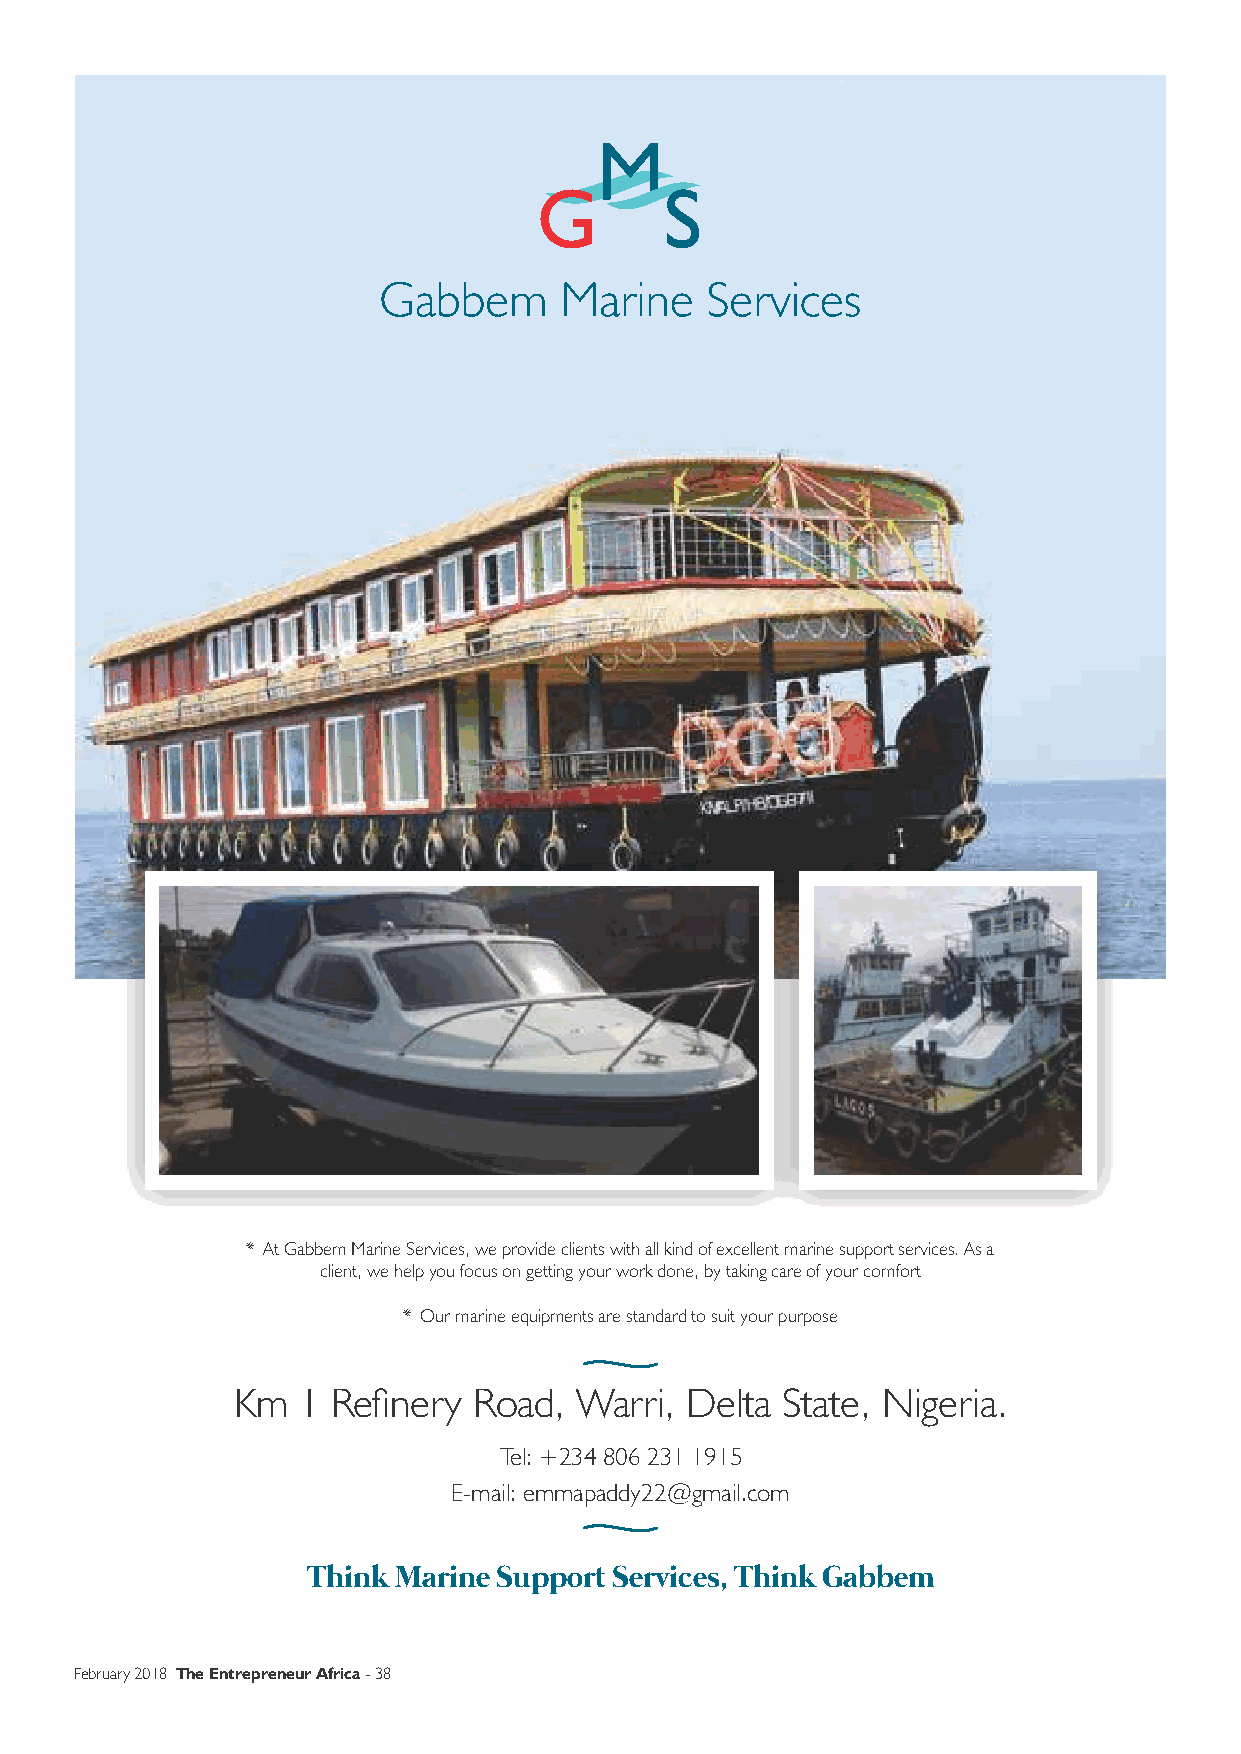
Sights and Scenes
 M
 Nigeria  Economic    Outlook,   2018:  Picture  Story
 G       S
 The Networks Business Club of the City of David, RCCG, on
 Gabbem      Marine    Services                                 Pastor Emeka
 26th January,2018, at Eko Hotel, Lagos, brought together
 financial and economic experts, to dissect economic
 projections and speculations for the Nigerian Economy in
 2018. The event, which was hosted by the CEO of Graeme
 Blaque, and top financial expert, Zeal Akaraiwe, looked at
 all the economic indices of 2018 in all sectors of the
 Nigerian economy. Pictures below.
 Bismack Rilwane
 Front Row Cross-Section
 Ebunoluwa Bolodeoku,
 G.M, Arc Skills Nigeria
 Event Host and CEO,
 Graeme Blaque,
 Zeal Akaraiwe and
 an interviewer
 * At Gabbem Marine Services, we provide clients with all kind of excellent marine support services. As a
 client, we help you focus on getting your work done, by taking care of your comfort
 Speakers Pose for the Camera
 * Our marine equipments are standard to suit your purpose    Pastor Emeka and Other Leaders of Networks Club
 Km   1 Renery  Road,  Warri, Delta  State, Nigeria.
 Tel: +234 806 231 1915
 E-mail: emmapaddy22@gmail.com
 Think Marine Support Services, Think Gabbem
 February 2018 The Entrepreneur Africa - 38                                                                                           39 - The Entrepreneur Africa February 2018